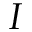
I